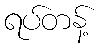
ရပ်တန့်